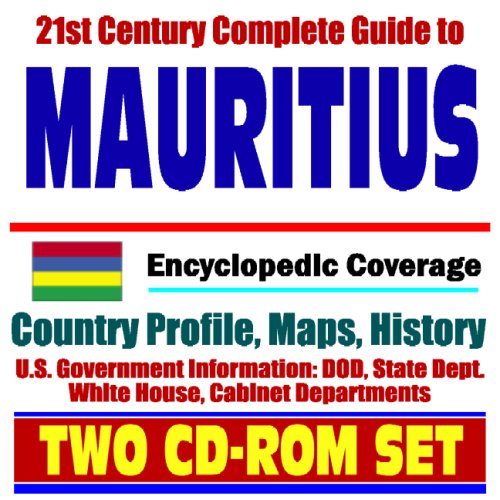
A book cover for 21st Century Complete Guide to Mauritius - Encyclopedic Coverage, Country Profile, History, DOD, State Dept., White House, CIA Factbook - Diego Garcia (Two CD-ROM Set); U.S. Government; Travel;